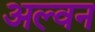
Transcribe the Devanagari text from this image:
अल्वन